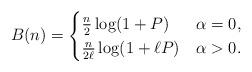
LaTeX: \begin{align*} B(n) =\begin{cases}\frac{n}{2 } \log(1 + P) & \alpha = 0, \\\frac{n}{2 \ell } \log(1 + \ell P) & \alpha > 0.\end{cases}\end{align*}